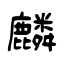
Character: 麟